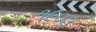
૧૯૦૩